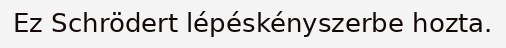
Ez Schrödert lépéskényszerbe hozta.